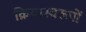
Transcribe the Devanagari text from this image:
क्रियास्वरूपों